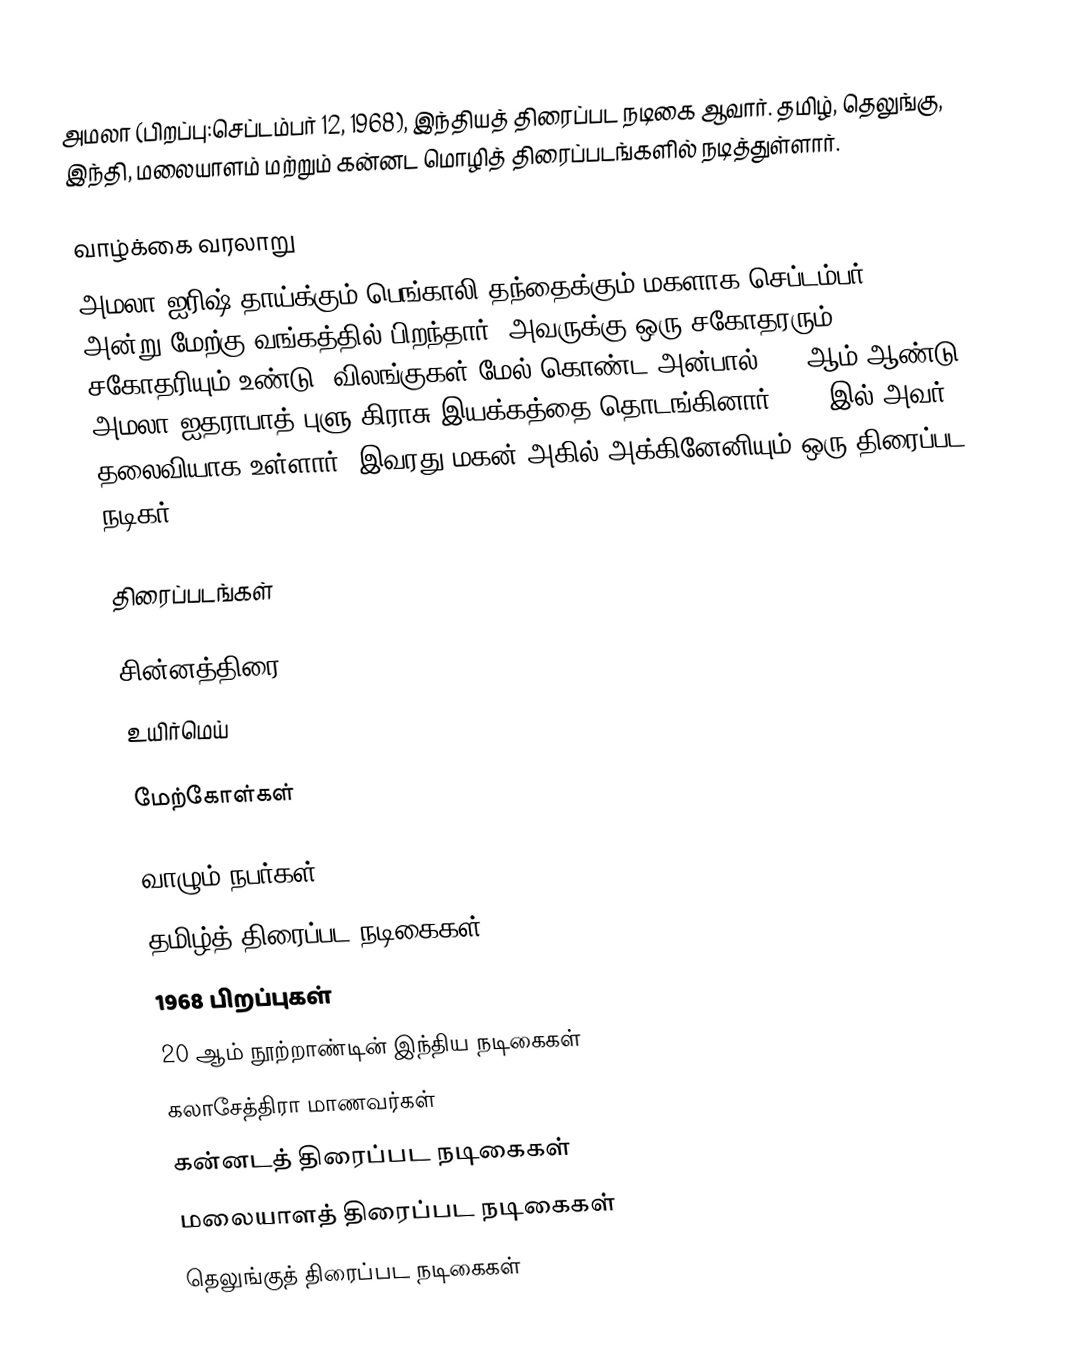
அமலா (பிறப்பு:செப்டம்பர் 12, 1968), இந்தியத் திரைப்பட நடிகை ஆவார். தமிழ், தெலுங்கு, இந்தி, மலையாளம் மற்றும் கன்னட மொழித் திரைப்படங்களில் நடித்துள்ளார்.

வாழ்க்கை வரலாறு
அமலா ஐரிஷ் தாய்க்கும் பெங்காலி தந்தைக்கும் மகளாக செப்டம்பர் 12, 1968 அன்று மேற்கு வங்கத்தில் பிறந்தார். அவருக்கு ஒரு சகோதரரும் சகோதரியும் உண்டு. விலங்குகள் மேல் கொண்ட அன்பால் 1992ஆம் ஆண்டு அமலா ஐதராபாத் புளு கிராசு இயக்கத்தை தொடங்கினார். 2015இல் அவர் தலைவியாக உள்ளார். இவரது மகன் அகில் அக்கினேனியும் ஒரு திரைப்பட நடிகர்.

திரைப்படங்கள்

சின்னத்திரை
 உயிர்மெய்

மேற்கோள்கள்

வாழும் நபர்கள்
தமிழ்த் திரைப்பட நடிகைகள்
1968 பிறப்புகள்
20 ஆம் நூற்றாண்டின் இந்திய நடிகைகள்
கலாசேத்திரா மாணவர்கள்
கன்னடத் திரைப்பட நடிகைகள்
மலையாளத் திரைப்பட நடிகைகள்
தெலுங்குத் திரைப்பட நடிகைகள்